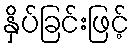
နှိပ်ခြင်းဖြင့်